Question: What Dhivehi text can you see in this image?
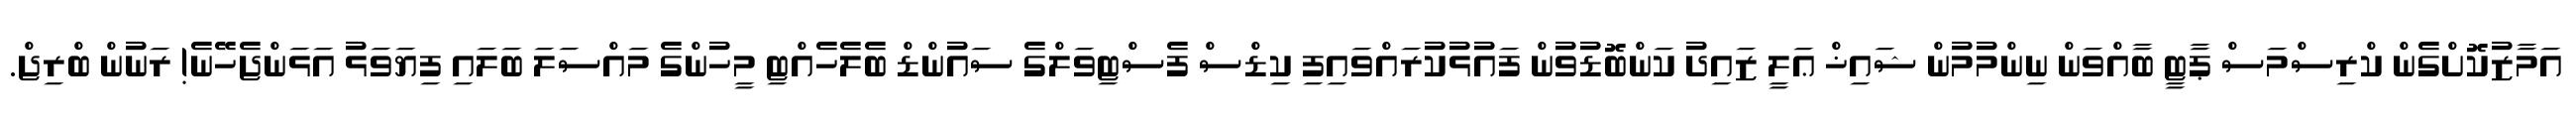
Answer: އަމާޒުކޮށްގެން ކްރިސްމަސް ޕާޓީ ބާއްވަން ނިންމުމުން ޝައިޚް ޢަލީ ޒައިދު ކަންބޮޑުވުން ފައުޅުކުރައްވައިފި ކިޑްސް ފެސްޓިވަލްގެ ސައުންޑް ބެލެހެއްޓި މީހުންގެ މައްސަލަ ބަލައި ފިޔަވަޅު އަޅަންޖެހޭނެ! ރަނުން ބްރިޖް.